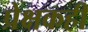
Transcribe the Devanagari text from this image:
प्रेक्षकही